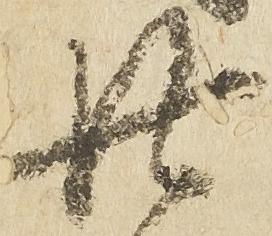
廿